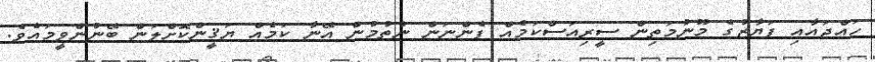
ހައްޖައާއި ފަޔާޒުގެ މޫނުމަތިން ސީރިއަސްކަމެއް ފެންނަން ނެތުމުން އޭނާ ކަމެއް ޔަޤީންކޮށްލަން ބޭނުންވީމައެވެ.